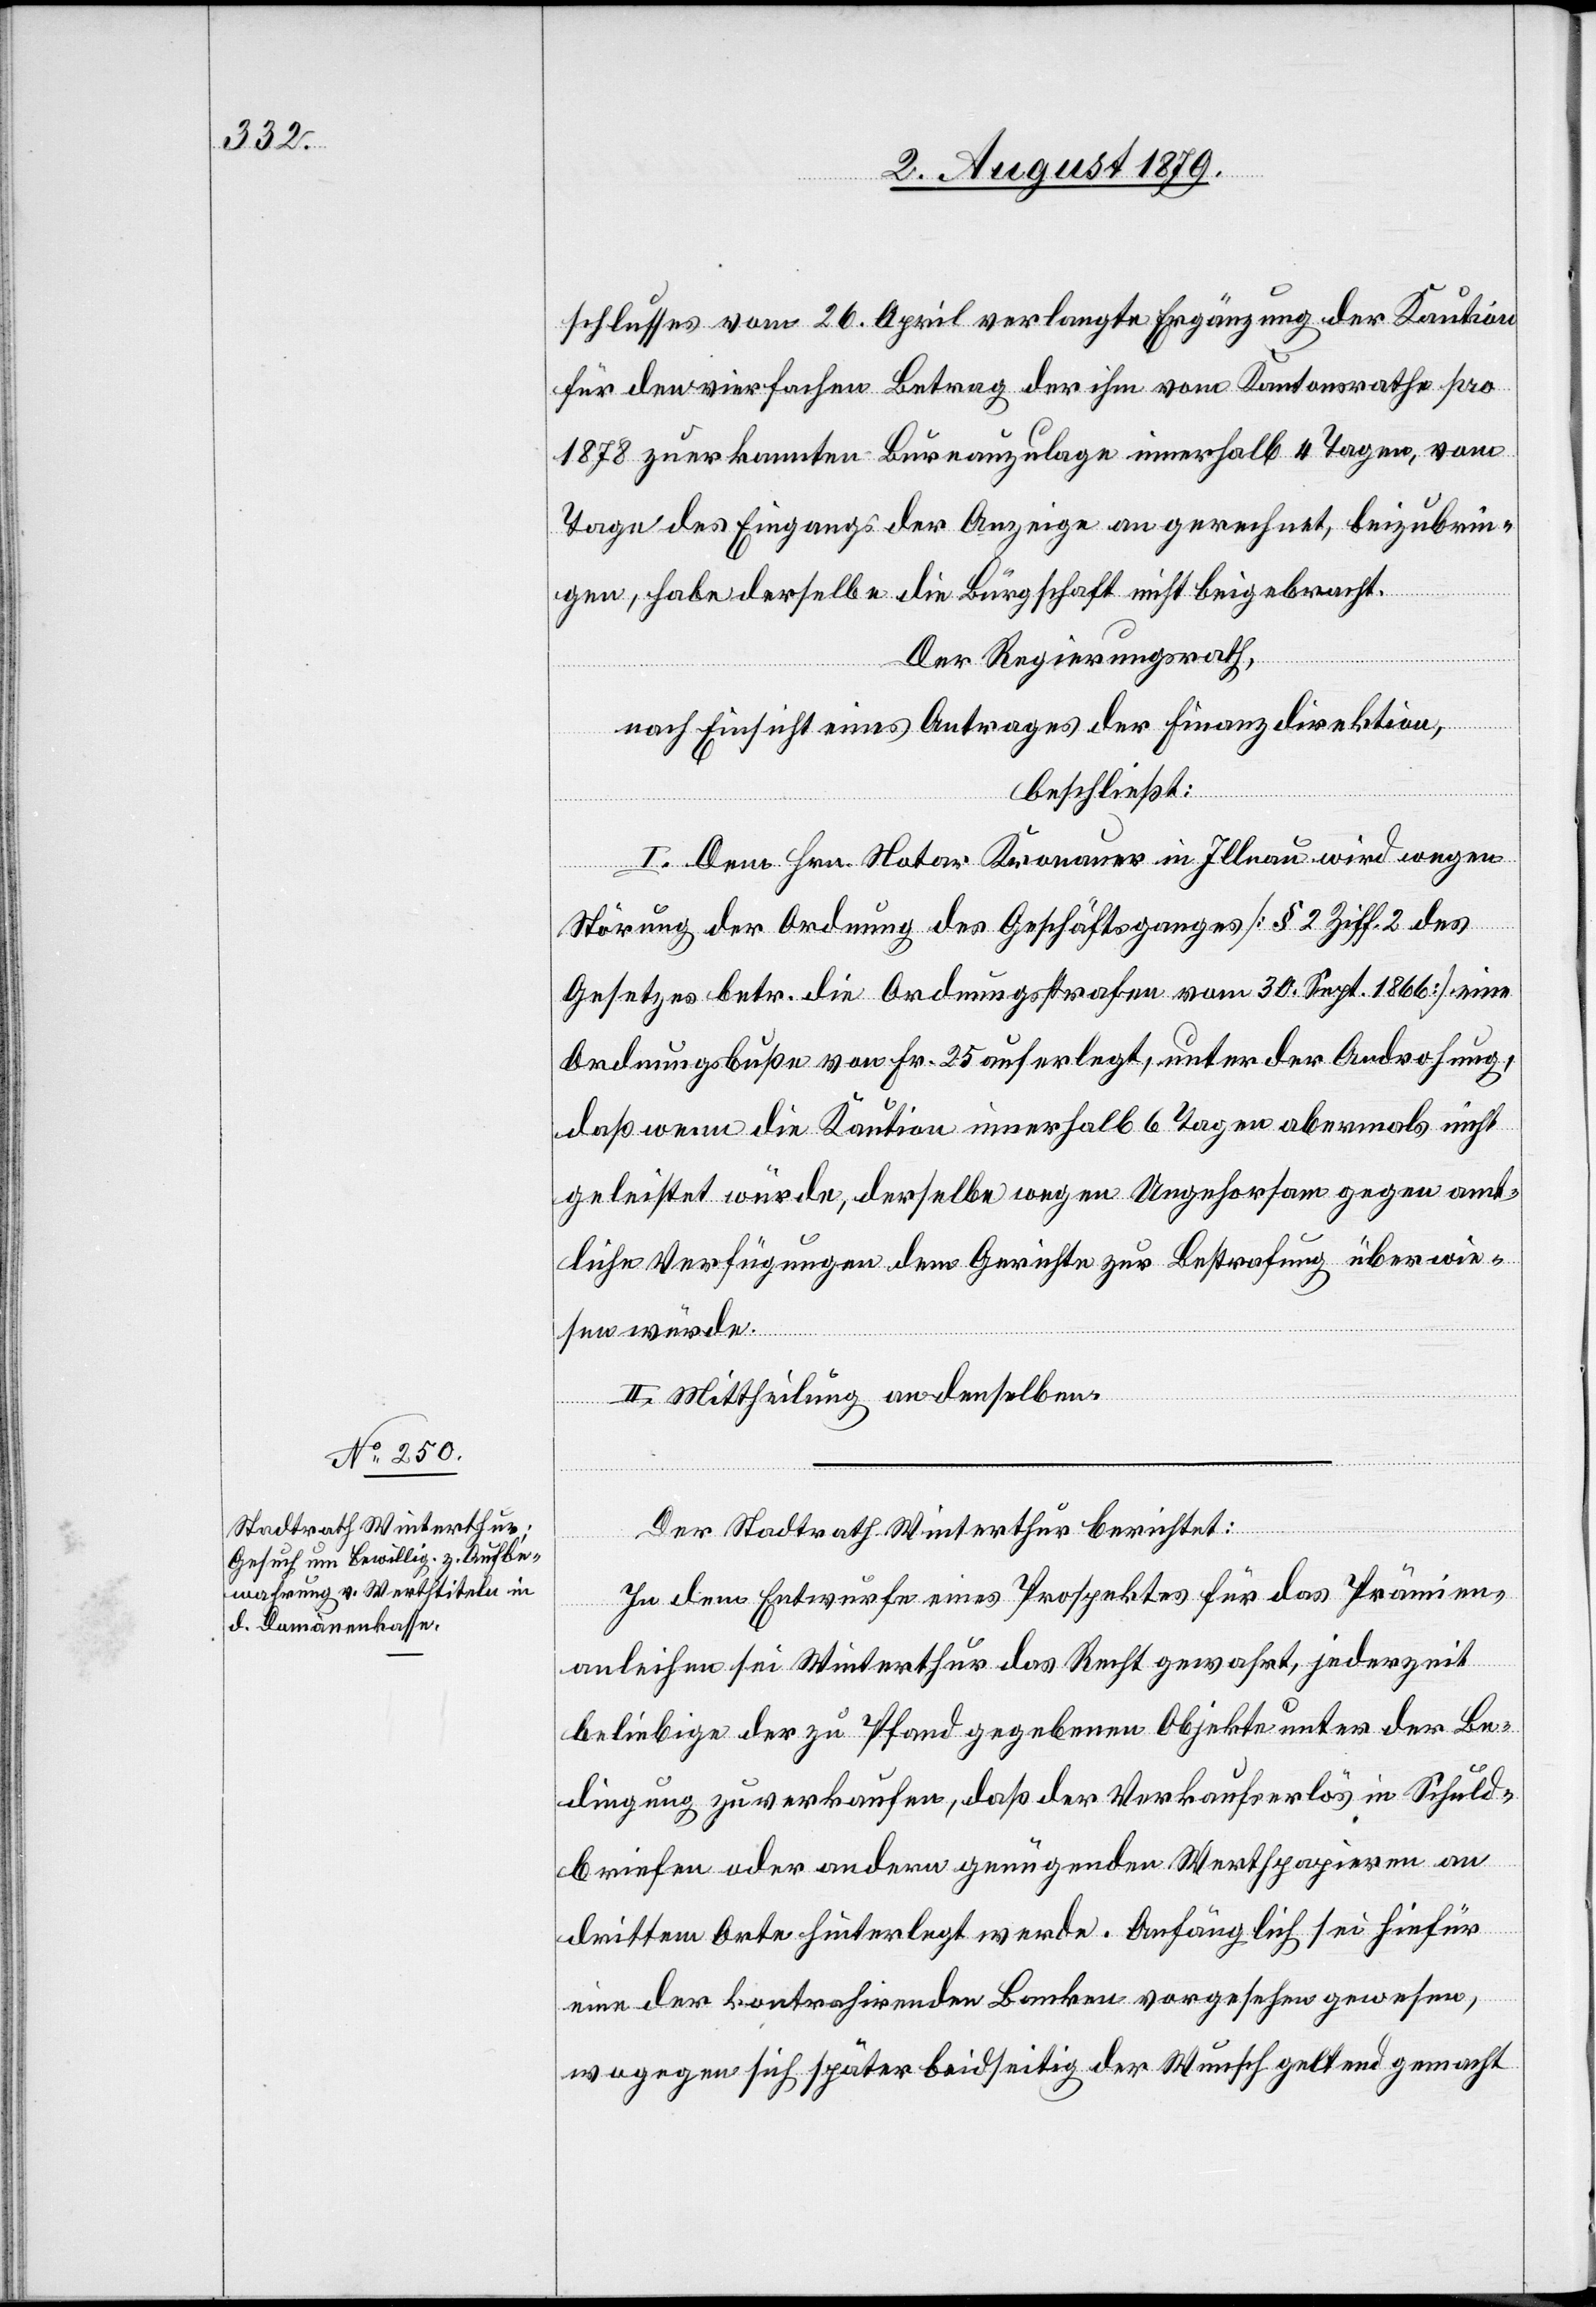
schlusses vom 26. April verlangte Ergänzung der Kaution
für den vierfachen Betrag der ihm vom Kantonsrath pro
1878 zuerkannten Bureauzulage innerhalb 4 Tagen, vom
Tage des Eingangs der Anzeige an gerechnet, beizubrin¬
gen, habe derselbe die Bürgschaft nicht beigebracht.
Der Regierungsrath,
nach Einsicht eines Antrages der Finanzdirektion,
beschließt:
I. Dem Hrn. Notar Kronauer in Illnau wird wegen
Störung der Ordnung des Geschäftsganges [§ 2 Ziff. 2 des
Gesetzes betr. die Ordnungsstrafe vom 30. Sept. 1866] eine
Ordnungsbuße von Fr. 25 auferlegt, unter der Androhung,
daß wenn die Kaution innerhalb 6 Tagen abermals nicht
geleistet würde, derselbe wegen Ungehorsam gegen amt¬
liche Verfügungen dem Gerichte zur Bestrafung überwe¬
isen würde.
II. Mittheilung an denselben.
Der Stadtrath Winterthur berichtet:
In dem Entwurfe eines Prospektes für das Prämien¬
anleihen sei Winterthur das Recht gewahrt, jederzeit
beliebige der zu Pfand gegebenen Objekte unter der Be¬
dingung zu verkaufen, daß der Verkaufserlös in Schuld¬
briefen oder andern genügenden Werthpapieren an
drittem Orte hinterlegt werde. Anfänglich sei hiefür
eine der kontrahirenden Banken vorgesehen gewesen,
wogegen sich später beidseitig der Wunsch gelten gemacht